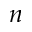
n